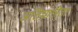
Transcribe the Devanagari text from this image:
अतिचारिता